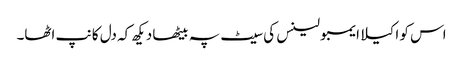
اس کو اکیلا ایمبولینس کی سیٹ پہ بیٹھا دیکھ کہ دل کانپ اٹھا۔